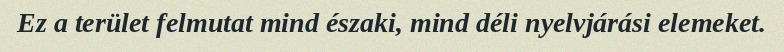
Ez a terület felmutat mind északi, mind déli nyelvjárási elemeket.